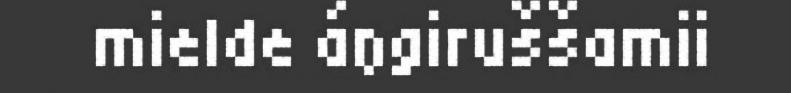
mielde áŋgiruššamii